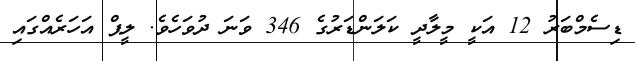
ޑިސެމްބަރު 12 އަކީ މީލާދީ ކަލަންޑަރުގެ 346 ވަނަ ދުވަހެވެ. ލީޕް އަހަރެއްގައި